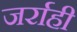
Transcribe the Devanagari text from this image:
जर्राही